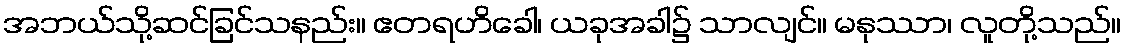
အဘယ်သို့ဆင်ခြင်သနည်း။ ဧတရဟိခေါ၊ ယခုအခါ၌ သာလျင်။ မနုဿာ၊ လူတို့သည်။